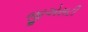
જીએસટી